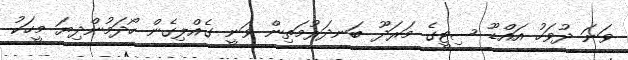
ވަނަ ދުވަހު އައްޑޫ ސިޓީގެ މަރަދޫ ބަނދަރުމަތިން ވަނީ ގެއްލިގެން ހޯދަމުންދިޔަ މީހަކު